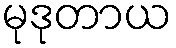
မုဒုတာယ